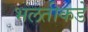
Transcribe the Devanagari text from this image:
भलतीकडे